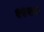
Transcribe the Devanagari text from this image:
१२वर्ष